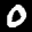
Label: 0